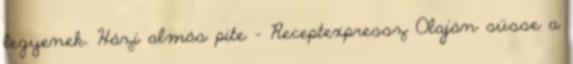
legyenek. Házi almás pite - Receptexpressz Olaján süsse a